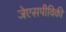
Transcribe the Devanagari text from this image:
जेएसपीविकी